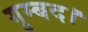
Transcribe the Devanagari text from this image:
गुम्बद।